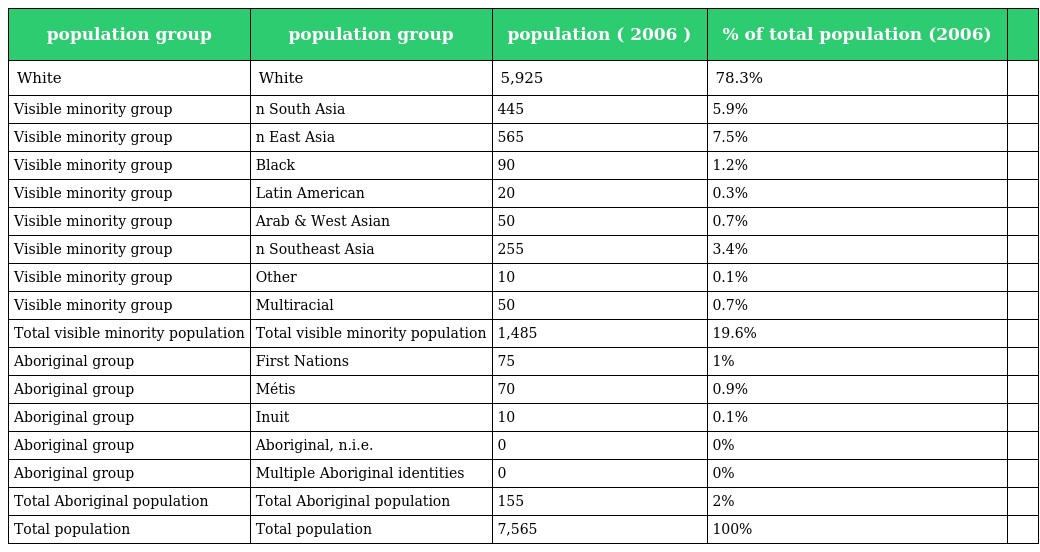
| population group | population group | population ( 2006 ) | % of total population (2006) |  |
 | --- | --- | --- | --- | --- |
 | White | White | 5,925 | 78.3% |  |
 | Visible minority group | n South Asia | 445 | 5.9% |  |
 | Visible minority group | n East Asia | 565 | 7.5% |  |
 | Visible minority group | Black | 90 | 1.2% |  |
 | Visible minority group | Latin American | 20 | 0.3% |  |
 | Visible minority group | Arab & West Asian | 50 | 0.7% |  |
 | Visible minority group | n Southeast Asia | 255 | 3.4% |  |
 | Visible minority group | Other | 10 | 0.1% |  |
 | Visible minority group | Multiracial | 50 | 0.7% |  |
 | Total visible minority population | Total visible minority population | 1,485 | 19.6% |  |
 | Aboriginal group | First Nations | 75 | 1% |  |
 | Aboriginal group | Métis | 70 | 0.9% |  |
 | Aboriginal group | Inuit | 10 | 0.1% |  |
 | Aboriginal group | Aboriginal, n.i.e. | 0 | 0% |  |
 | Aboriginal group | Multiple Aboriginal identities | 0 | 0% |  |
 | Total Aboriginal population | Total Aboriginal population | 155 | 2% |  |
 | Total population | Total population | 7,565 | 100% |  |